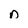
Character: n